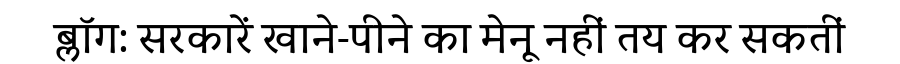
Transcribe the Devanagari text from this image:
ब्लॉग: सरकारें खाने-पीने का मेनू नहीं तय कर सकतीं